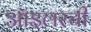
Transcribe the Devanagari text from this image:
ऑइलरची